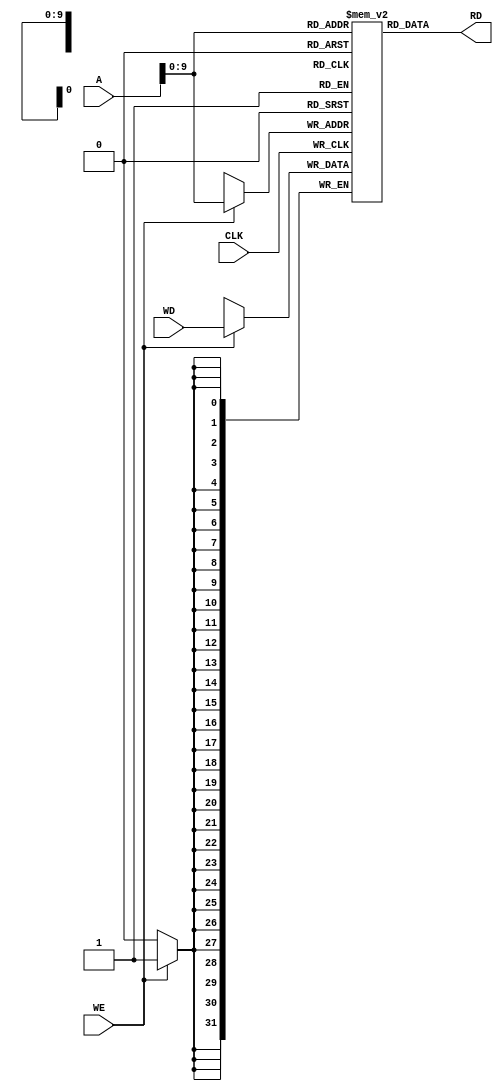
module data_memory(A,WD,WE,RD,CLK);
//data_memory ports
input [31:0] A,WD;
input WE;
input CLK;
output [31:0] RD;
reg [31:0] mem [0:1023];

always@(posedge CLK)begin
if(WE)
mem[A]<=WD;
end
assign RD=mem[A];
endmodule